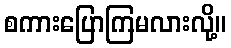
စကားပြောကြမလားလို့။